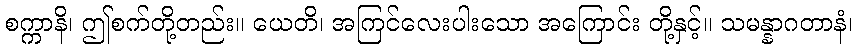
စက္ကာနိ၊ ဤစက်တို့တည်း။ ယေတိ၊ အကြင်လေးပါးသော အကြောင်း တို့နှင့်။ သမန္နာဂတာနံ၊